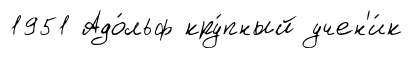
1951 Адо́льф кру́пный учен'и́к